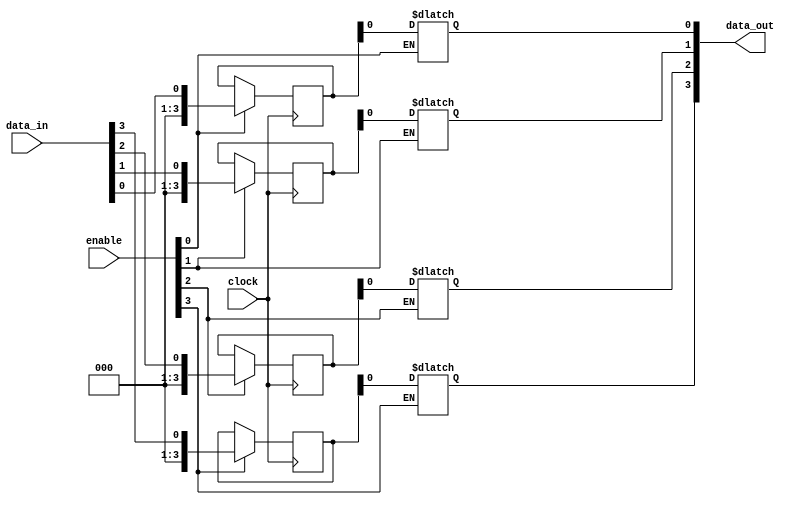
module bypass_register(
    input [3:0] data_in,
    input [3:0] enable,
    input clock,
    output reg [3:0] data_out
);

reg [3:0] register [3:0];

always @(posedge clock) begin
    if (enable[0])
        register[0] <= data_in[0];
    if (enable[1])
        register[1] <= data_in[1];
    if (enable[2])
        register[2] <= data_in[2];
    if (enable[3])
        register[3] <= data_in[3];
end

always @(*) begin
    if (enable[0])
        data_out[0] <= register[0];
    if (enable[1])
        data_out[1] <= register[1];
    if (enable[2])
        data_out[2] <= register[2];
    if (enable[3])
        data_out[3] <= register[3];
end

endmodule